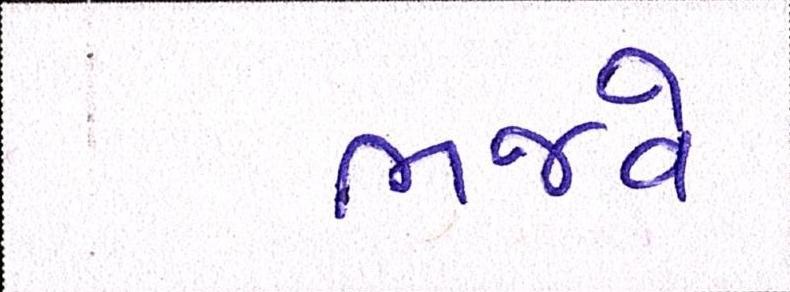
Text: ભજવે